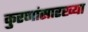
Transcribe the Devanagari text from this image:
कुरणांसारख्या